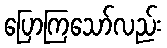
ပြောကြသော်လည်း